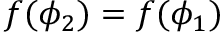
f ( \phi _ { 2 } ) = f ( \phi _ { 1 } )